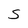
Character: S